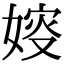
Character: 㛮